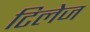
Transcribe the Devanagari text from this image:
टिलेज